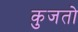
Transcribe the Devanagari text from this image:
कुजतो